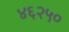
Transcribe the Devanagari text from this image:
४६२५०